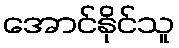
အောင်နိုင်သူ